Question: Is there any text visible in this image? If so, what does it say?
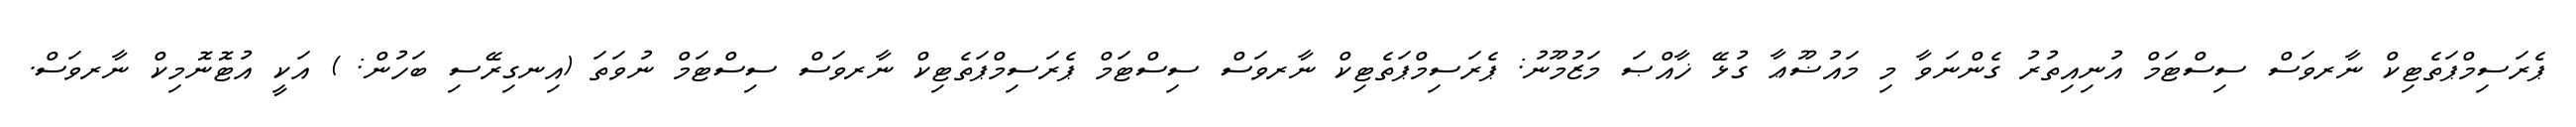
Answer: ޕެރަސިމްޕަތެޓިކް ނާރވަސް ސިސްޓަމް އުނިއިތުރު ގެންނަވާ މި މައުޟޫޢާ ގުޅޭ ޚާއްޞަ މަޒުމޫނު: ޕެރަސިމްޕަތެޓިކް ނާރވަސް ސިސްޓަމް ޕެރަސިމްޕަތެޓިކް ނާރވަސް ސިސްޓަމް ނުވަތަ (އިނގިރޭސި ބަހުން: ) އަކީ އުޓޮނޮމިކް ނާރވަސް.